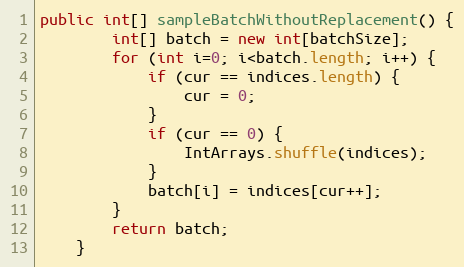
Language: Java
public int[] sampleBatchWithoutReplacement() {
        int[] batch = new int[batchSize];
        for (int i=0; i<batch.length; i++) {
            if (cur == indices.length) {
                cur = 0;
            }
            if (cur == 0) {
                IntArrays.shuffle(indices);
            }
            batch[i] = indices[cur++];
        }
        return batch;
    }